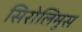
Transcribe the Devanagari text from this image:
सिरोलिमुस